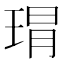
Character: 𤦛